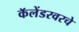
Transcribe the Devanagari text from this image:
कॅलेंडरवरचे